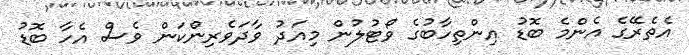
އެތެރޭގެ އެންމެ ބޮޑު އިންތިހާބުގެ ވޯޓުލުން މިއަދު ވާދަވެރިންކަން ވެސް އެހާ ބޮޑު